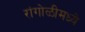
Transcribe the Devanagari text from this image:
रांगोळीमध्ये